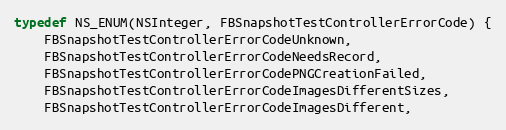
Language: C
typedef NS_ENUM(NSInteger, FBSnapshotTestControllerErrorCode) {
    FBSnapshotTestControllerErrorCodeUnknown,
    FBSnapshotTestControllerErrorCodeNeedsRecord,
    FBSnapshotTestControllerErrorCodePNGCreationFailed,
    FBSnapshotTestControllerErrorCodeImagesDifferentSizes,
    FBSnapshotTestControllerErrorCodeImagesDifferent,